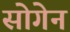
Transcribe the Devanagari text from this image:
सोगेन